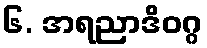
၆. အရညာဒိဝဂ္ဂ